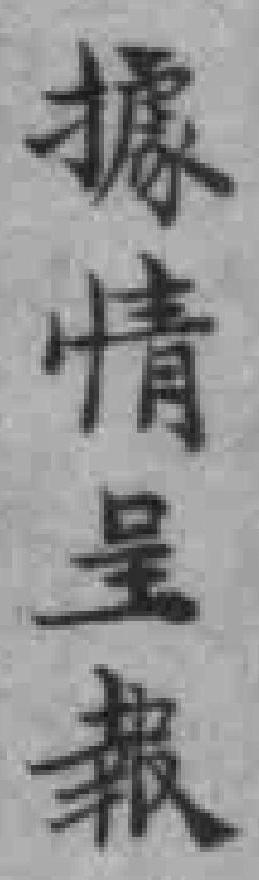
據情呈報